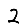
Digit: 2